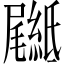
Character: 𦅴